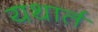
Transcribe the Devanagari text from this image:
यथार्त